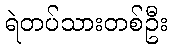
ရဲတပ်သားတစ်ဦး